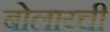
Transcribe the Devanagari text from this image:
बोलाय्ची